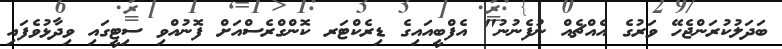
ބަދަލުކުރަންޖެހޭ ވަރުގެ އެއްޗެއް ނުފެނުނު" އެފްބީއައިގެ ޑިރެކްޓަރ ކޮންގްރެސްއަށް ފޮނުއްވި ސިޓީގައި ވިދާޅުވެފައި